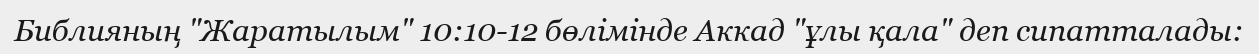
Библияның "Жаратылым" 10:10-12 бөлімінде Аккад "ұлы қала" деп сипатталады: